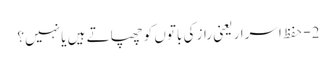
2- حفظ اسرار یعنی راز کی باتوں کو چھپاتے ہیں یا نہیں؟